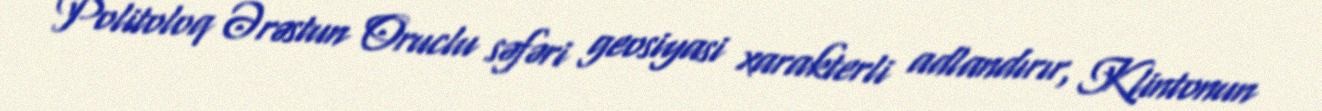
Politoloq Ərəstun Oruclu səfəri geosiyasi xarakterli adlandırır, Klintonun